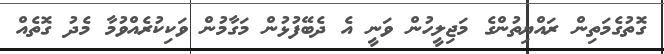
ގޮތުގެމަތިން ރައްޔިތުންގެ މަޖިލީހުން ވަނީ އެ ދެބޭފުޅުން މަގާމުން ވަކިކުރެއްވުމާ މެދު ގޮތެއް